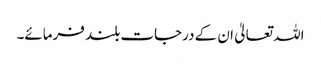
اللہ تعالیٰ ان کے درجات بلند فرمائے۔